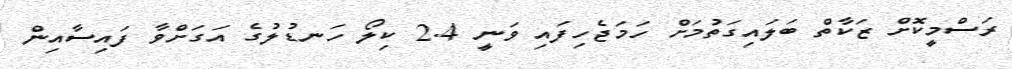
ރަސްމީކޮށް ޒަކާތް ބަލައިގަތުމަށް ހަމަޖެހިފައި ވަނީ 2.4 ކިލޯ ހަނޑުލުގެ އަގަށްވާ ފައިސާއިން